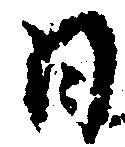
日